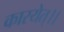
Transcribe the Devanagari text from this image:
कारयेत्।।